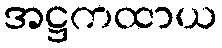
အဋ္ဌကထာယ